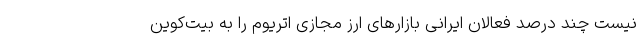
نیست چند درصد فعالان ایرانی بازارهای ارز مجازی اتریوم را به بیت‌کوین